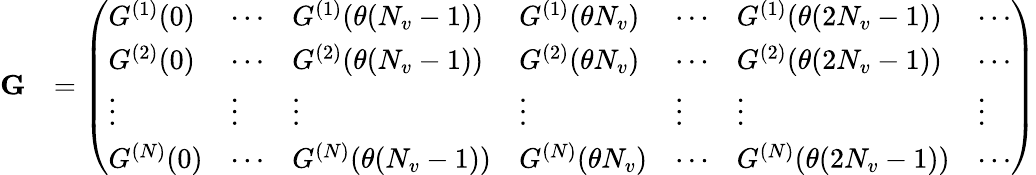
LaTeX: \begin{array}{rl}{{\mathbf G}}&{=\left(\begin{array}{lllllll}{G^{(1)}(0)}&{\cdots}&{G^{(1)}(\theta(N_{v}-1))}&{G^{(1)}(\theta N_{v})}&{\cdots}&{G^{(1)}(\theta(2N_{v}-1))}&{\cdots}\\ {G^{(2)}(0)}&{\cdots}&{G^{(2)}(\theta(N_{v}-1))}&{G^{(2)}(\theta N_{v})}&{\cdots}&{G^{(2)}(\theta(2N_{v}-1))}&{\cdots}\\ {\vdots}&{\vdots}&{\vdots}&{\vdots}&{\vdots}&{\vdots}&{\vdots}\\ {G^{(N)}(0)}&{\cdots}&{G^{(N)}(\theta(N_{v}-1))}&{G^{(N)}(\theta N_{v})}&{\cdots}&{G^{(N)}(\theta(2N_{v}-1))}&{\cdots}\end{array}\right)}\end{array}